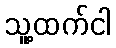
သူ့ထက်ငါ